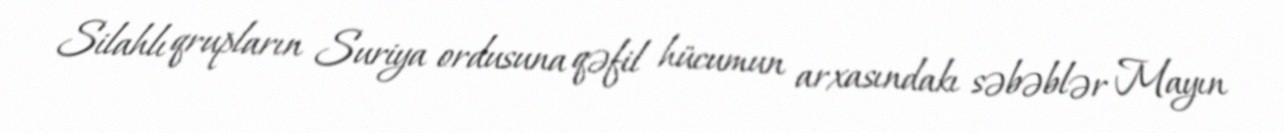
Silahlı qrupların Suriya ordusuna qəfil hücumun arxasındakı səbəblər Mayın